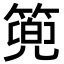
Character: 篼